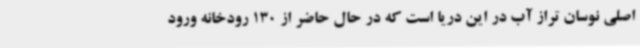
اصلی نوسان تراز آب در این دریا است که در حال حاضر از 130 رودخانه ورود